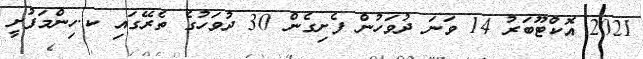
2021 އޮކްޓޫބަރު 14 ވަނަ ދުވަހުން ފެށިގެން 30 ދުވަހުގެ ތެރޭގައި ކ.ހިންމަފުށީ